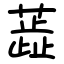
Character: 蕋